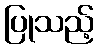
ပြုသည့်